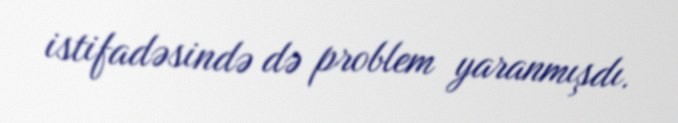
istifadəsində də problem yaranmışdı.